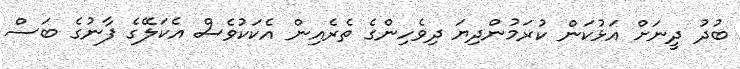
ބުދު ދީނަށް އަޅުކަން ކުރަމުންދިޔަ ދިވެހިންގެ ތެރެއިން އެކަކުވެސް އެކަލޭގެ ފާނުގެ ބަސް